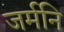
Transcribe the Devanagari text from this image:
जर्मनि